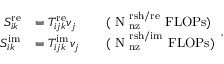
\begin{array} { r l r l } { S _ { i k } ^ { \mathrm { r e } } } & { = T _ { i j k } ^ { \mathrm { r e } } v _ { j } } & & { \mathrm { ( ~ N _ \mathrm { ~ n z } ^ \mathrm { ~ r s h / r e } ~ F L O P s ) } } \\ { S _ { i k } ^ { \mathrm { i m } } } & { = T _ { i j k } ^ { \mathrm { i m } } v _ { j } } & & { \mathrm { ( ~ N _ \mathrm { ~ n z } ^ \mathrm { ~ r s h / i m } ~ F L O P s ) } } \end{array} ,